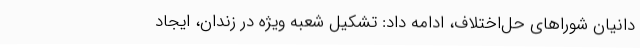
دانیان شوراهای حل‌اختلاف، ادامه داد: تشکیل شعبه ویژه در زندان، ایجاد